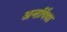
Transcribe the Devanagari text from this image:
अन्तर्विद्या